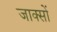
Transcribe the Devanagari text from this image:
जाक्सों